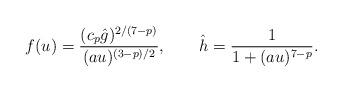
LaTeX: \begin{align*}f (u) = \frac {(c_p \hat g)^{2/(7 - p)}} { (a u)^{(3 - p)/2}},\qquad\hat h = \frac{1}{1 + (a u)^{7 - p}}.\end{align*}